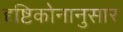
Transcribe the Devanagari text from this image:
दृष्टिकोनानुसार